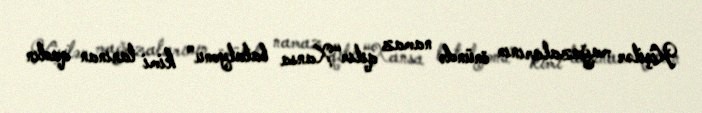
Kişilər mağazalarının önündə namaz qılır“Xansa batalyonu” kimi tanınan qadın